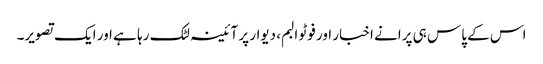
اس کے پاس ہی پرانے اخبار اور فوٹو البم، دیوار پر آئینہ لٹک رہا ہے اور ایک تصویر۔